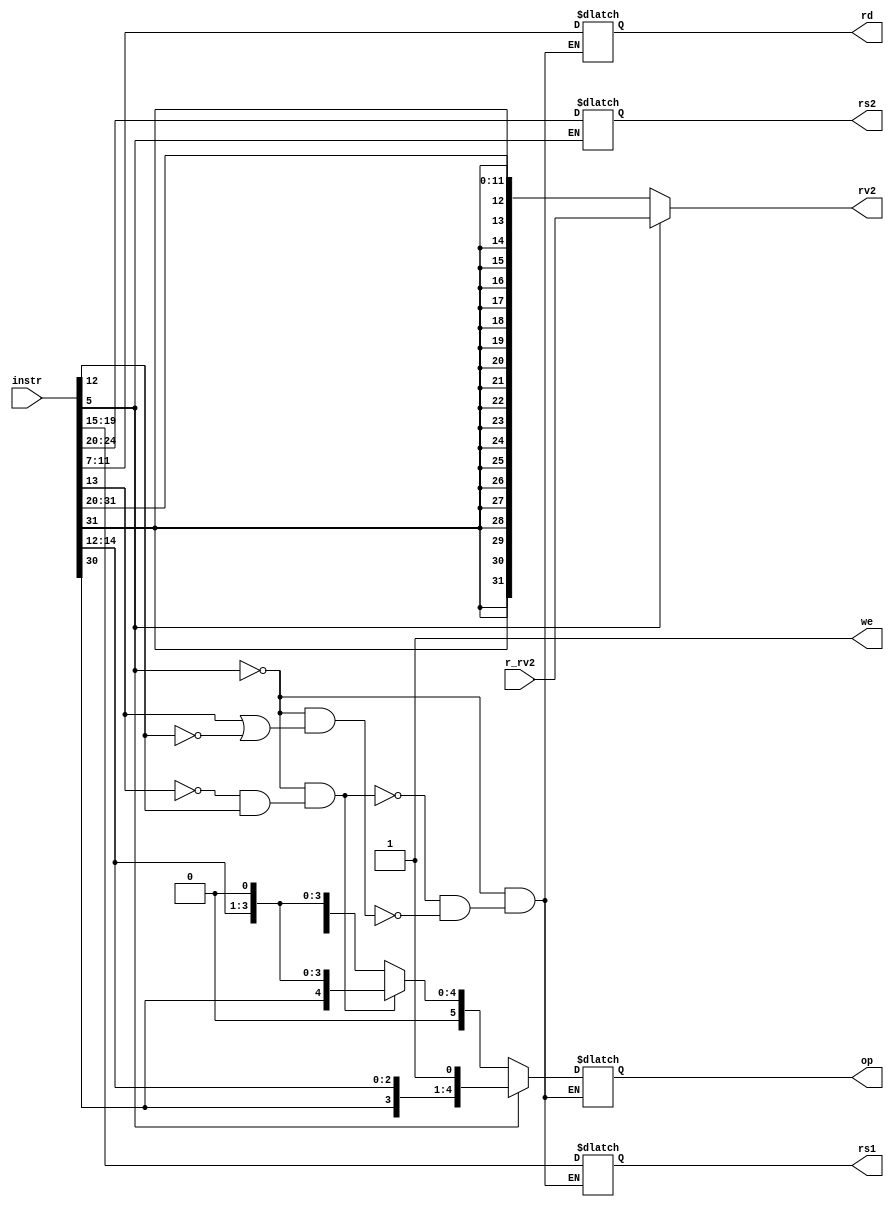
module dummydecoder(
    input [31:0] instr,  // Full 32-b instruction
    output [5:0] op,     // some operation encoding of your choice
    output [4:0] rs1,    // First operand reg address
    output [4:0] rs2,    // Second operand (reg address)
    output [4:0] rd,     // Output reg (address)
    input  [31:0] r_rv2, // From RegFile
    output [31:0] rv2,   // To ALU
    output we            // Write to reg
);
reg [31:0] rv2;
reg [4:0] rs1,rs2,rd;
reg [5:0] op;

always@(*)
    begin
        if ( ~instr[5] & (instr[13] | ~instr[12]) )
        begin
            rs1 = instr[19:15];
            rd = instr[11:7];
            // rs2 = instr[24:20]; No rs2 for immediate instructions
            op = {1'b0,1'b1,instr[14:12],instr[5]}; // assigning the values for opcode for ALU
            // format for opcode [0,1,code,I[5]]
        end

        if ( ~instr[5] & (~instr[13] & instr[12]) )
        begin
            rs1 = instr[19:15];
            rd = instr[11:7];
            // rs2 = instr[24:20]; No rs2 for immediate instructions
            op = {1'b0,instr[30],instr[14:12],instr[5]}; // assigning the values for opcode for ALU
            // format for opcode [0,I[30],code,I[5]]
        end

        if ( instr[5] )
        begin
            rs1 = instr[19:15];
            rd = instr[11:7];
            rs2 = instr[24:20];
            op = {1'b0,instr[30],instr[14:12],instr[5]}; // assigning the values for opcode for ALU
            // format for opcode [0,I[30],code,I[5]]
        end

    end


always@(*)
    begin

        if( ~instr[5] )
        begin
            rv2= { {20{instr[31]}} ,instr[31:20] }; // sign extension of the signed immediate
            // op[4]= 1'b1;
        end

        else
        begin
            rv2= r_rv2;  // from regfile to ALU
        end

    end



    assign we = 1;      // For only ALU ops, can always set to 1 (write enable)
    // assign rv2 = 'h0;   // Should send either the value from the RegFile or the Imm value from Instr

endmodule